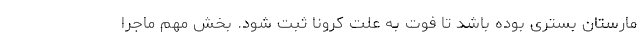
مارستان بستری بوده باشد تا فوت به علت کرونا ثبت شود. بخش مهم ماجرا